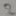
Text: 2